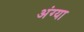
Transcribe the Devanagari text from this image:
अंग्या